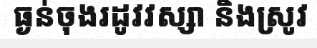
ធ្ងន់ចុងរដូវវស្សា និងស្រូវ